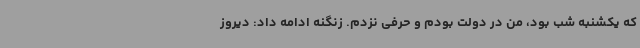
که یکشنبه شب بود، من در دولت بودم و حرفی نزدم. زنگنه ادامه داد: دیروز